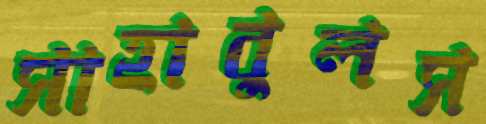
সাহাবুলস